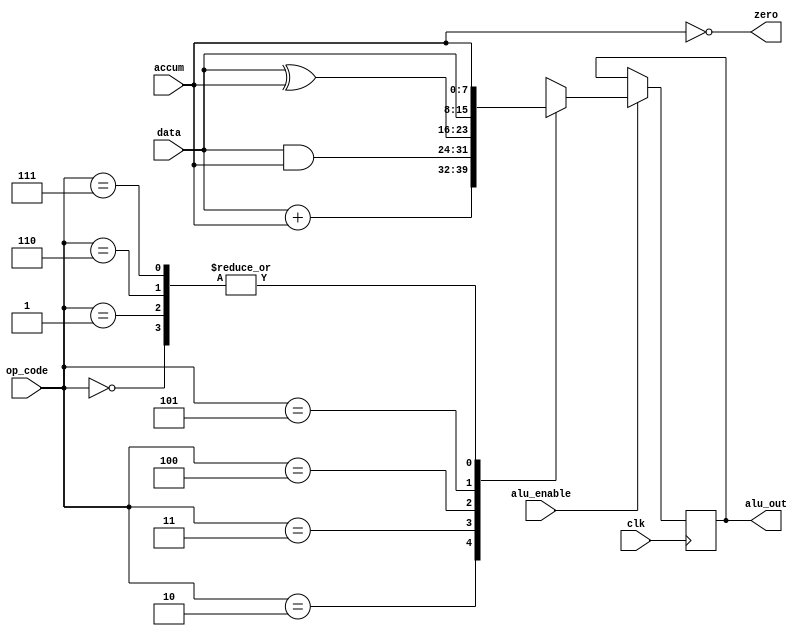
`timescale 1ns /1ns

module CPU_ALU(alu_out,zero,data,accum,alu_enable,clk,op_code);
output[7:0] alu_out;
output zero;
input[7:0] data,accum;
input[2:0] op_code;
input alu_enable,clk;
reg[7:0] alu_out;
parameter
	HLT = 3'b000,	//
	SKZ = 3'b001,	//
	ADD = 3'b010,	//
	AND = 3'b011,	//
	XOR = 3'b100,	//
	LDA = 3'b101,	//
	STA = 3'b110,	//
	JMP = 3'b111;	//
assign zero = ! accum;
always @(posedge clk)
	begin
		if(alu_enable)
			begin
				casex(op_code)
					HLT:
						begin
							alu_out<=accum;
						end
					SKZ:
						begin
							alu_out<=accum;
						end
					ADD:
						begin
							alu_out<=data+accum;
						end
					AND:
						begin
							alu_out<=data&accum;
						end
					XOR:
						begin
							alu_out<=data^accum;
						end
					LDA:
						begin
							alu_out<=data;
						end
					STA:
						begin
							alu_out<=accum;
						end
					JMP:
						begin
							alu_out<=accum;
						end
					default:
						begin
							alu_out<=8'bxxxxxxxx;
						end
				endcase
			end
		end
endmodule